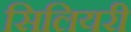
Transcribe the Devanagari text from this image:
सिलियरी